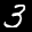
Label: 3